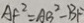
A F ^ { 2 } = A B ^ { 2 } - B F